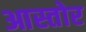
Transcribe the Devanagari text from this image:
आस्तोर